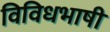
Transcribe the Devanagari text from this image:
विविधभाषी